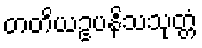
တတိယဥပနိသသုတ္တံ